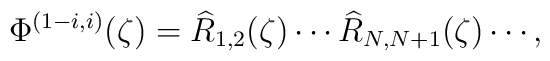
\Phi^{(1-i,i)}(\zeta) =  \widehat{R}_{1,2}(\zeta)\cdots\widehat{R}_{N,N+1}(\zeta)\cdots,